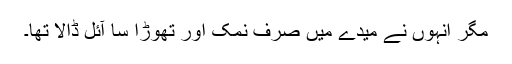
مگر انہوں نے میدے میں صرف نمک اور تهوڑا سا آئل ڈالا تها۔